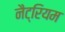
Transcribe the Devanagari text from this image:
नैट्रियम